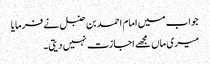
جواب میں امام احمد بن حنبل نے فرمایا
میری ماں مجھے اجازت نہیں دیتی۔